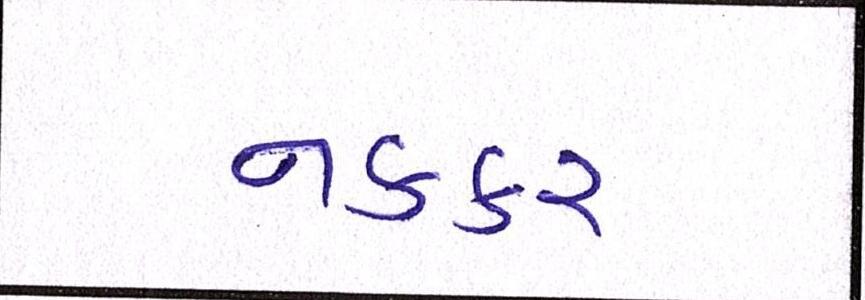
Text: નકકર